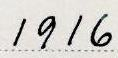
1916